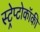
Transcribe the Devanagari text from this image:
स्ट्रेप्टोकॉकी